Vaccination report Assam 1874-1896 - 1874-1896
Year: 1874
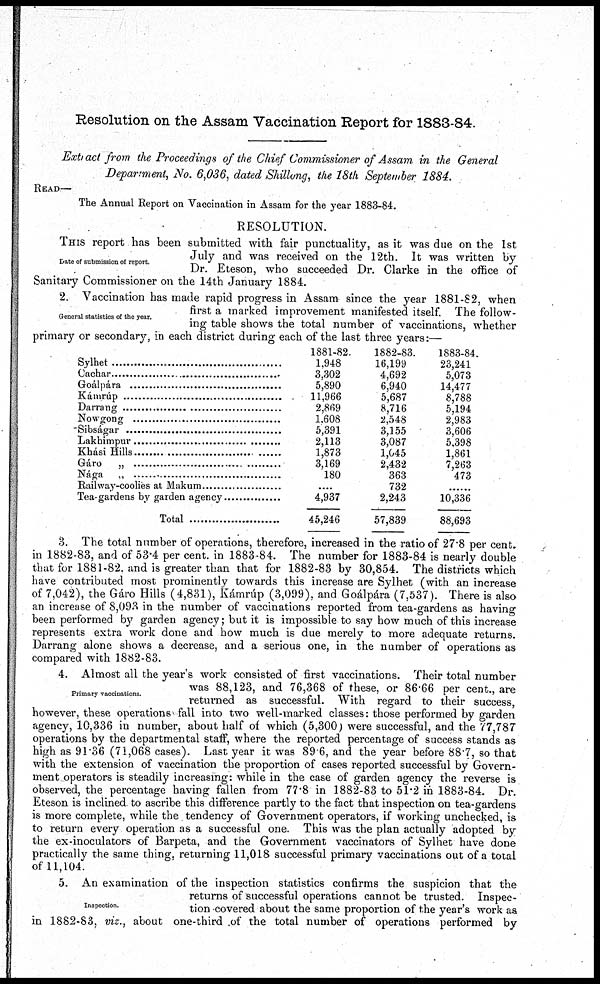
Resolution on the Assam Vaccination Report for 1883-84.
Extract from the Proceedings of the Chief Commissioner of Assam in the General
Department, No. 6,036, dated Shillong, the 18th September 1884.
READ—
The Annual Report on Vaccination in Assam for the year 1883-84.
RESOLUTION.
Date of submission of report.
THIS report has been submitted with fair punctuality, as it was due on the 1st
July and was received on the 12th. It was written by
Dr. Eteson, who succeeded Dr. Clarke in the office of
Sanitary Commissioner on the 14th January 1884.
General statistics of the year.
2. Vaccination has made rapid progress in Assam since the year 1881-82, when
first a marked improvement manifested itself. The follow-
ing table shows the total number of vaccinations, whether
primary or secondary, in each district during each of the last three years:—
Sylhet ..............................
Cachar ..............................
Goálpára ...........................
Kámrúp ..............................
Darrang ..............................
Nowgong ...........................
Sibságar ..............................
Lakhimpur ..............................
Khási Hills ..............................
Gáro „ ....................................
Nága „ ....................................
Railway-coolies at Makum ..................
Tea-gardens by garden agency ............
Total ........................
1881-82.
1,948
3,302
5,890
11,966
2,869
1,608
5,391
2,113
1,873
3,169
180
....
4,937
45,246
1882-83.
16,199
4,692
6,940
5,687
8,716
2,548
3,155
3,087
1,045
2,432
363
732
2,243
57,839
1883-84.
23,241
5,073
14,477
8,788
5,194
2,983
3,606
5,398
1,861
7,263
473
......
10,336
88,693
3. The total number of operations, therefore, increased in the ratio of 27.8 per cent.
in 1882.83, and of 53.4 per cent. in 1883-84. The number for 1883-84 is nearly double
that for 1881-82. and is greater than that for 1882-83 by 30,854. The districts which
have contributed most prominently towards this increase are Sylhet (with an increase
of 7,042), the Gáro Hills (4,831), Kámrúp (3,099), and Goálpára (7,537). There is also
an increase of 8,093 in the number of vaccinations reported from tea-gardens as having
been performed by garden agency; but it is impossible to say how much of this increase
represents extra work done and how much is due merely to more adequate returns.
Darrang alone shows a decrease, and a serious one, in the number of operations as
compared with 1882-83.
Primary vaccinations.
4. Almost all the year's work consisted of first vaccinations. Their total number
was 88,123, and 76,368 of these, or 86.66 per cent., are
returned as successful. With regard to their success,
however, these operations fall into two well-marked classes: those performed by garden
agency, 10,336 in number, about half of which (5,300) were successful, and the 77,787
operations by the departmental staff, where the reported percentage of success stands as
high as 91.36 (71,068 cases). Last year it was 896, and the year before 88.7, so that
with the extension of vaccination the proportion of cases reported successful by Govern-
ment.operators is steadily increasing: while in the case of garden agency the reverse is
observed, the percentage having fallen from 77.8 in 1882-83 to 51.2 in 1883-84. Dr.
Eteson is inclined to ascribe this difference partly to the fact that inspection on tea-gardens
is more complete, while the tendency of Government operators, if working unchecked, is
to return every operation as a successful one. This was the plan actually adopted by
the ex-inoculators of Barpeta, and the Government vaccinators of Sylhet have done
practically the same thing, returning 11,018 successful primary vaccinations out of a total
of 11,104.
Inspection.
5. An examination of the inspection statistics confirms the suspicion that the
returns of successful operations cannot be trusted. Inspec-
tion covered about the same proportion of the year's work as
in 1882-83, viz., about one-third of the total number of operations performed by